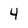
Character: 4